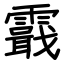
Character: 霵